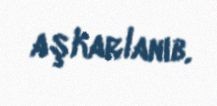
aşkarlanıb.